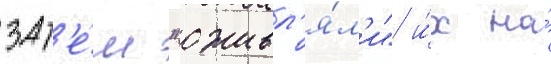
зат'е́м "оживл'я́л'и" и́х на́